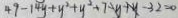
4 9 - 1 4 y + y ^ { 2 } + y ^ { 2 } + 7 - y + y - 3 2 = 0